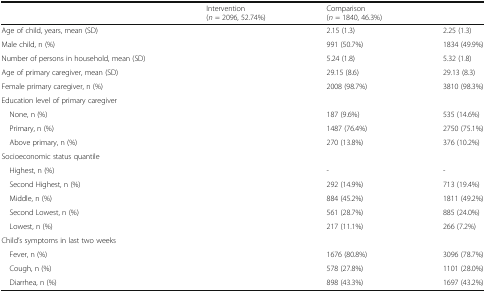
<table><thead><tr><td>[EMPTY_CELL]</td><td><b>Intervention(<i>n</i> = 2096, 52.74%)</b></td><td><b>Comparison(<i>n</i> = 1840, 46.3%)</b></td><td>[EMPTY_CELL]</td></tr></thead><tbody><tr><td>Age of child, years, mean (SD)</td><td>[EMPTY_CELL]</td><td>2.15 (1.3)</td><td>2.25 (1.3)</td></tr><tr><td>Male child, n (%)</td><td>[EMPTY_CELL]</td><td>991 (50.7%)</td><td>1834 (49.9%)</td></tr><tr><td>Number of persons in household, mean (SD)</td><td>[EMPTY_CELL]</td><td>5.24 (1.8)</td><td>5.32 (1.8)</td></tr><tr><td>Age of primary caregiver, mean (SD)</td><td>[EMPTY_CELL]</td><td>29.15 (8.6)</td><td>29.13 (8.3)</td></tr><tr><td>Female primary caregiver, n (%)</td><td>[EMPTY_CELL]</td><td>2008 (98.7%)</td><td>3810 (98.3%)</td></tr><tr><td colspan="4">Education level of primary caregiver</td></tr><tr><td> None, n (%)</td><td>[EMPTY_CELL]</td><td>187 (9.6%)</td><td>535 (14.6%)</td></tr><tr><td> Primary, n (%)</td><td>[EMPTY_CELL]</td><td>1487 (76.4%)</td><td>2750 (75.1%)</td></tr><tr><td> Above primary, n (%)</td><td>[EMPTY_CELL]</td><td>270 (13.8%)</td><td>376 (10.2%)</td></tr><tr><td colspan="4">Socioeconomic status quantile</td></tr><tr><td> Highest, n (%)</td><td>[EMPTY_CELL]</td><td>-</td><td>-</td></tr><tr><td> Second Highest, n (%)</td><td>[EMPTY_CELL]</td><td>292 (14.9%)</td><td>713 (19.4%)</td></tr><tr><td> Middle, n (%)</td><td>[EMPTY_CELL]</td><td>884 (45.2%)</td><td>1811 (49.2%)</td></tr><tr><td> Second Lowest, n (%)</td><td>[EMPTY_CELL]</td><td>561 (28.7%)</td><td>885 (24.0%)</td></tr><tr><td> Lowest, n (%)</td><td>[EMPTY_CELL]</td><td>217 (11.1%)</td><td>266 (7.2%)</td></tr><tr><td colspan="4">Child’s symptoms in last two weeks</td></tr><tr><td> Fever, n (%)</td><td>[EMPTY_CELL]</td><td>1676 (80.8%)</td><td>3096 (78.7%)</td></tr><tr><td> Cough, n (%)</td><td>[EMPTY_CELL]</td><td>578 (27.8%)</td><td>1101 (28.0%)</td></tr><tr><td> Diarrhea, n (%)</td><td>[EMPTY_CELL]</td><td>898 (43.3%)</td><td>1697 (43.2%)</td></tr></tbody></table>